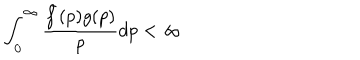
\int _ { 0 } ^ { \infty } \frac { \bar { f } ( p ) g ( p ) } { p } d p < \infty